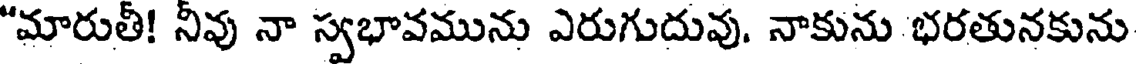
"మారుతీ! నీవు నా స్వభావమును ఎరుగుదువు. నాకును భరతునకును